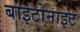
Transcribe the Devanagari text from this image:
बाइटोनाइट